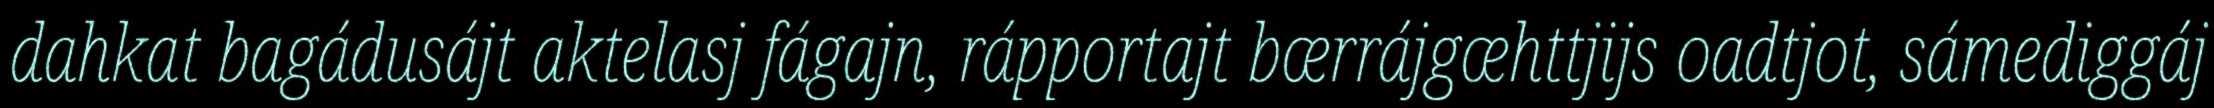
dahkat bagádusájt aktelasj fágajn, rápportajt bærrájgæhttjijs oadtjot, sámediggáj